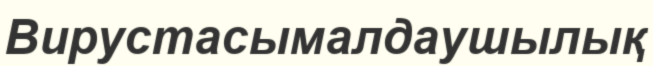
Вирустасымалдаушылық